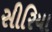
સીરિયા